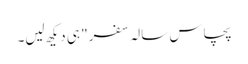
پچاس سالہ سفر" ہی دیکھ لیں۔